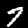
Digit: 7